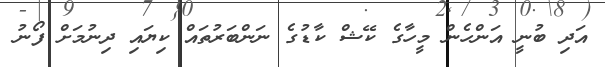
އަދި ބުނީ އަންހެން މީހާގެ ކޭޝް ކާޑުގެ ނަންބަރުތައް ކިޔައި ދިނުމަށް ފޯނު